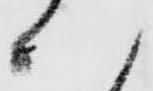
八